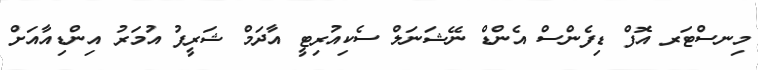
މިނސްޓަރ އޮފް ޑިފެންސް އެންޑް ނޭޝަނަލް ސެކިއުރިޓީ އާދަމް ޝަރީފު އުމަރު އިންޑިއާއަށް